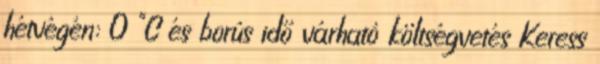
hétvégén: 0 °C és borús idő várható költségvetés Keress